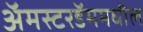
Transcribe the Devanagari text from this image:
अॅमस्टरडॅममधील